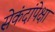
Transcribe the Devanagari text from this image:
सेकंदांपेक्षा